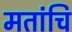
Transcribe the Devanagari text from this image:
मतांचि